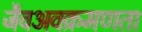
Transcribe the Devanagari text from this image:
जैवअवक्रमणता